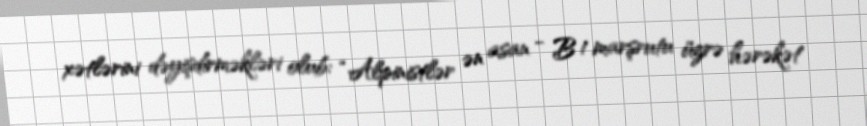
xətlərini dəyişdirməkləri olub: “Alpinistlər ən asan - B 1 marşrutu üzrə hərəkət